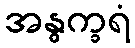
အနွက္ခရံ